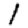
Digit: 1